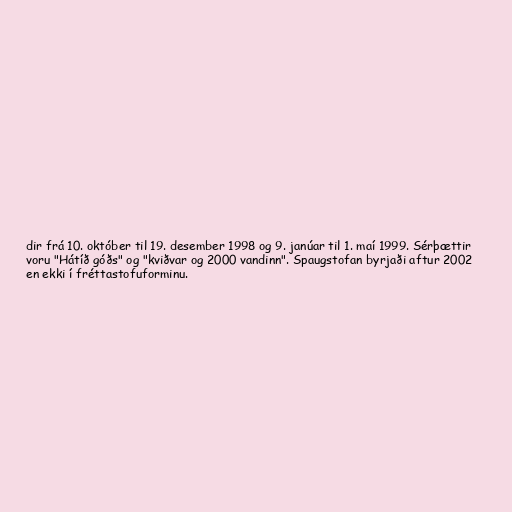
dir frá 10. október til 19. desember 1998 og 9. janúar til 1. maí 1999. Sérþættir
voru "Hátíð góðs" og "kviðvar og 2000 vandinn". Spaugstofan byrjaði aftur 2002
en ekki í fréttastofuforminu.